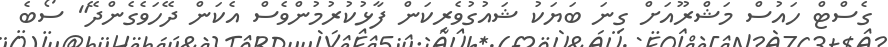
ގެސްޓް ހައުސް މަޝްރޫއަށް ގިނަ ބަޔަކު ޝައުގުވެރިކަން ފާޅުކުރުމުންވެސް އެކަން ދޭހަވެގެންދޭ" ސޯބެ